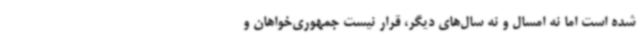
شده است اما نه امسال و نه سال‌های دیگر، قرار نیست جمهوری‌خواهان و